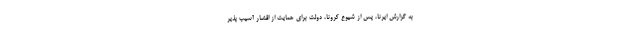
به گزارش ایرنا، پس از شیوع کرونا، دولت برای حمایت از اقشار آسیب پذیر